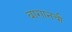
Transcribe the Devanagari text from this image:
बागानची